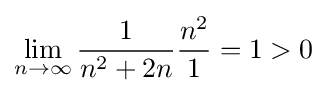
\lim _{n\to \infty }{\frac {1}{n^{2}+2n}}{\frac {n^{2}}{1}}=1>0